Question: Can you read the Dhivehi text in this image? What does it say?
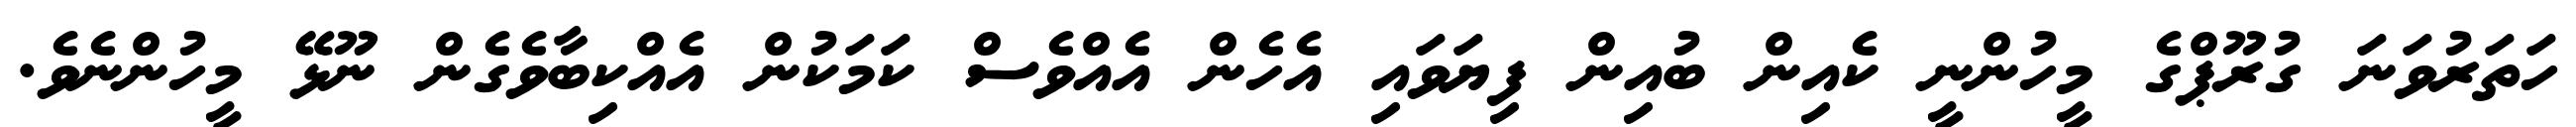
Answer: ހަތަރުވަނަ ގުރޫޕްގެ މީހުންނީ ކެއިން ބުއިން ފިޔަވައި އެހެން އެއްވެސް ކަމަކުން އެއްކިބާވެގެން ނޫޅޭ މީހުންނެވެ.